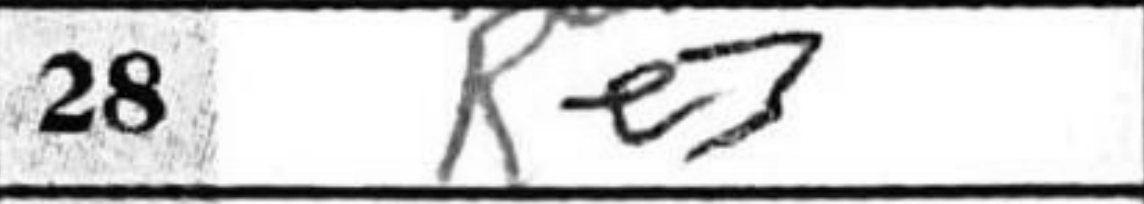
Transcription: Re3